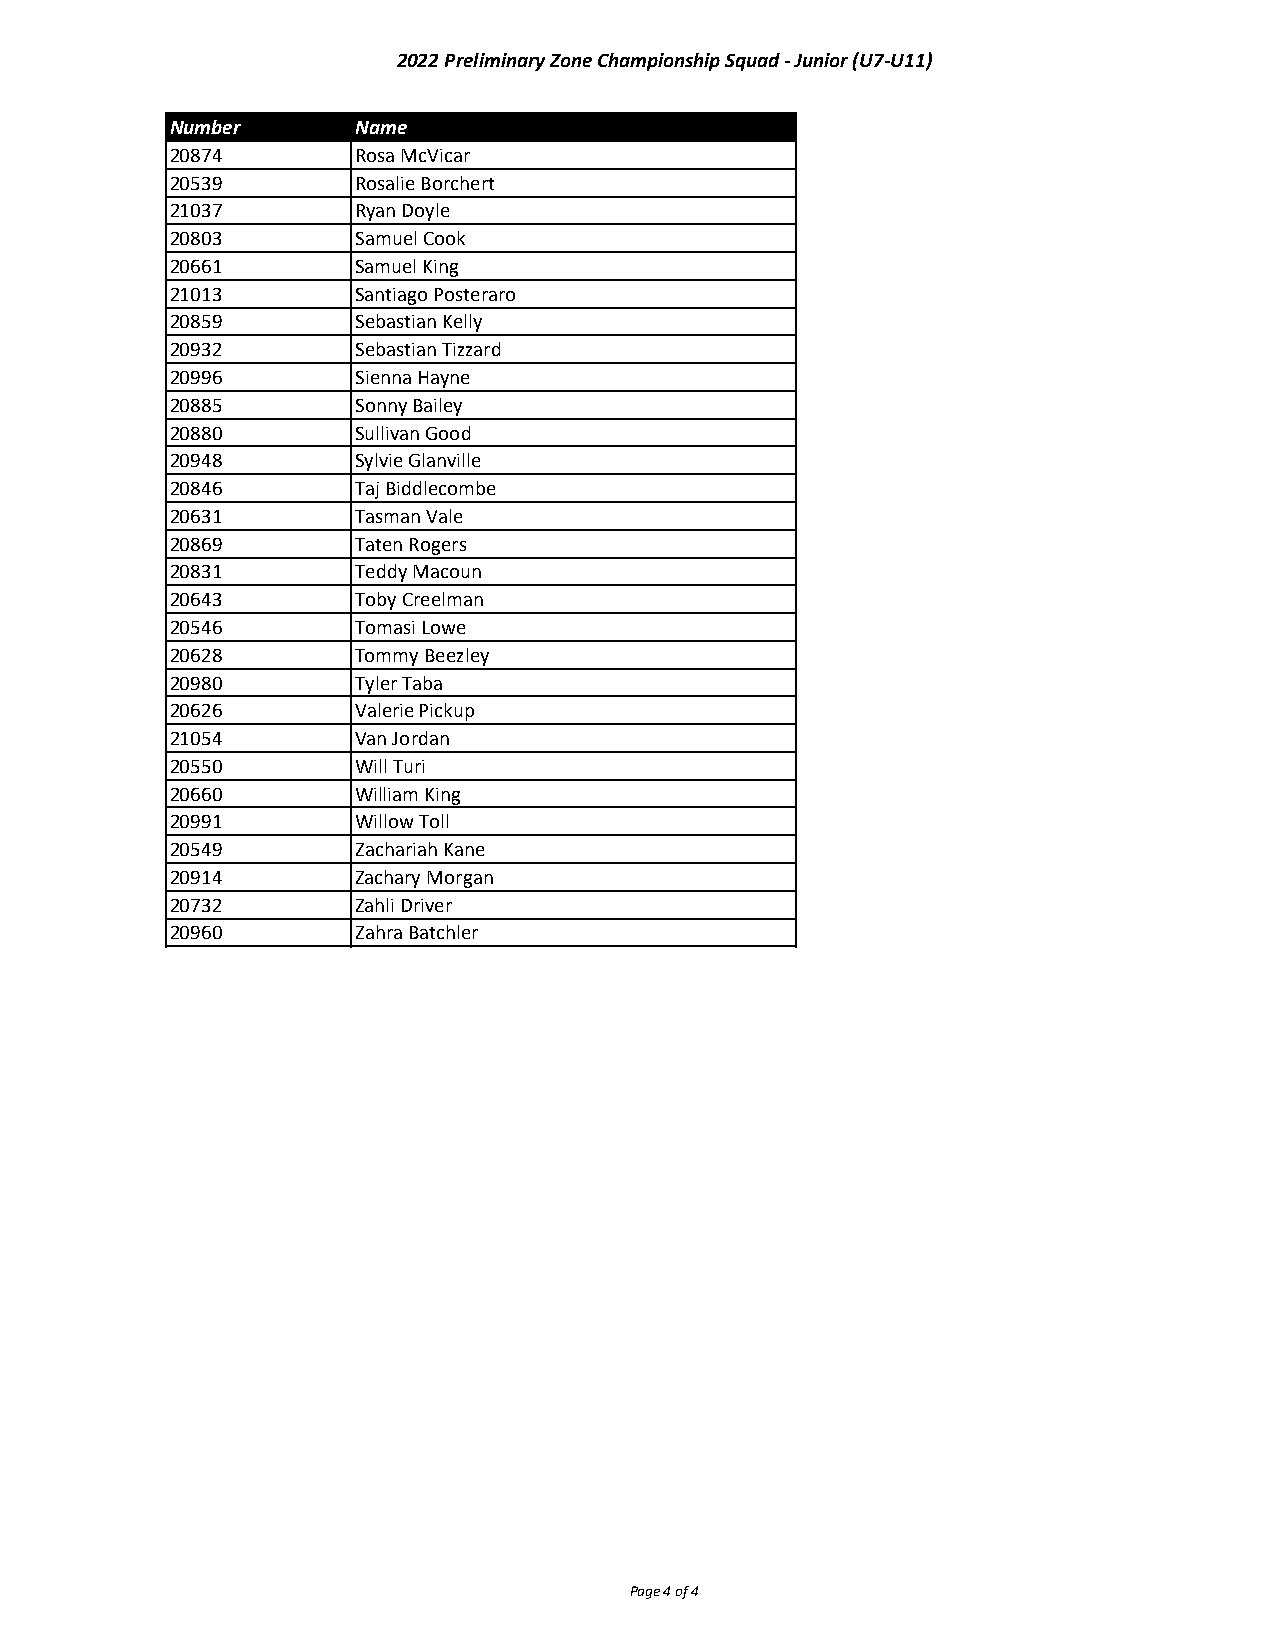
2022 Preliminary Zone Championship Squad - Junior (U7-U11)
 Number       Name
 20874        Rosa McVicar
 20539        Rosalie Borchert
 21037        Ryan Doyle
 20803        Samuel Cook
 20661        Samuel King
 21013        Santiago Posteraro
 20859        Sebastian Kelly
 20932        Sebastian Tizzard
 20996        Sienna Hayne
 20885        Sonny Bailey
 20880        Sullivan Good
 20948        Sylvie Glanville
 20846        Taj Biddlecombe
 20631        Tasman Vale
 20869        Taten Rogers
 20831        Teddy Macoun
 20643        Toby Creelman
 20546        Tomasi Lowe
 20628        Tommy Beezley
 20980        Tyler Taba
 20626        Valerie Pickup
 21054        Van Jordan
 20550        Will Turi
 20660        William King
 20991        Willow Toll
 20549        Zachariah Kane
 20914        Zachary Morgan
 20732        Zahli Driver
 20960        Zahra Batchler
 Page 4 of 4